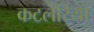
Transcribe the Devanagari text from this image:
कटलेरिया